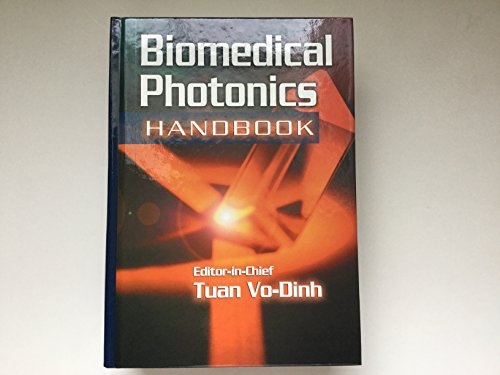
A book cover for Biomedical Photonics Handbook (Press Monographs); Medical Books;